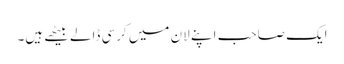
ایک صاحب اپنے لان میں کرسی ڈالے بیٹھے ہیں۔